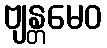
ဗျန္တမေဝ